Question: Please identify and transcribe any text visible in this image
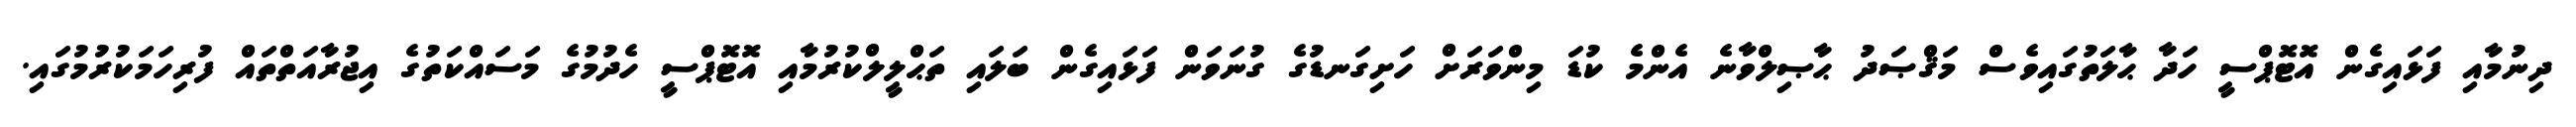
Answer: ދިނުމާއި ފަޅައިގެން އޮޓޮޕްސީ ހަދާ ޙާލަތުގައިވެސް މަޤްޞަދު ޙާޞިލްވާނެ އެންމެ ކުޑަ މިންވަރަށް ހަށިގަނޑުގެ ގުނަވަން ފަޅައިގެން ބަލައި ތަޙްލީލްކުރުމާއި އޮޓޮޕްސީ ހެދުމުގެ މަސައްކަތުގެ އިޖުރާއަތްތައް ފުރިހަމަކުރުމުގައި.